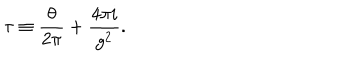
LaTeX: \tau \equiv \frac { \theta } { 2 \pi } + \frac { 4 \pi i } { g ^ { 2 } } .